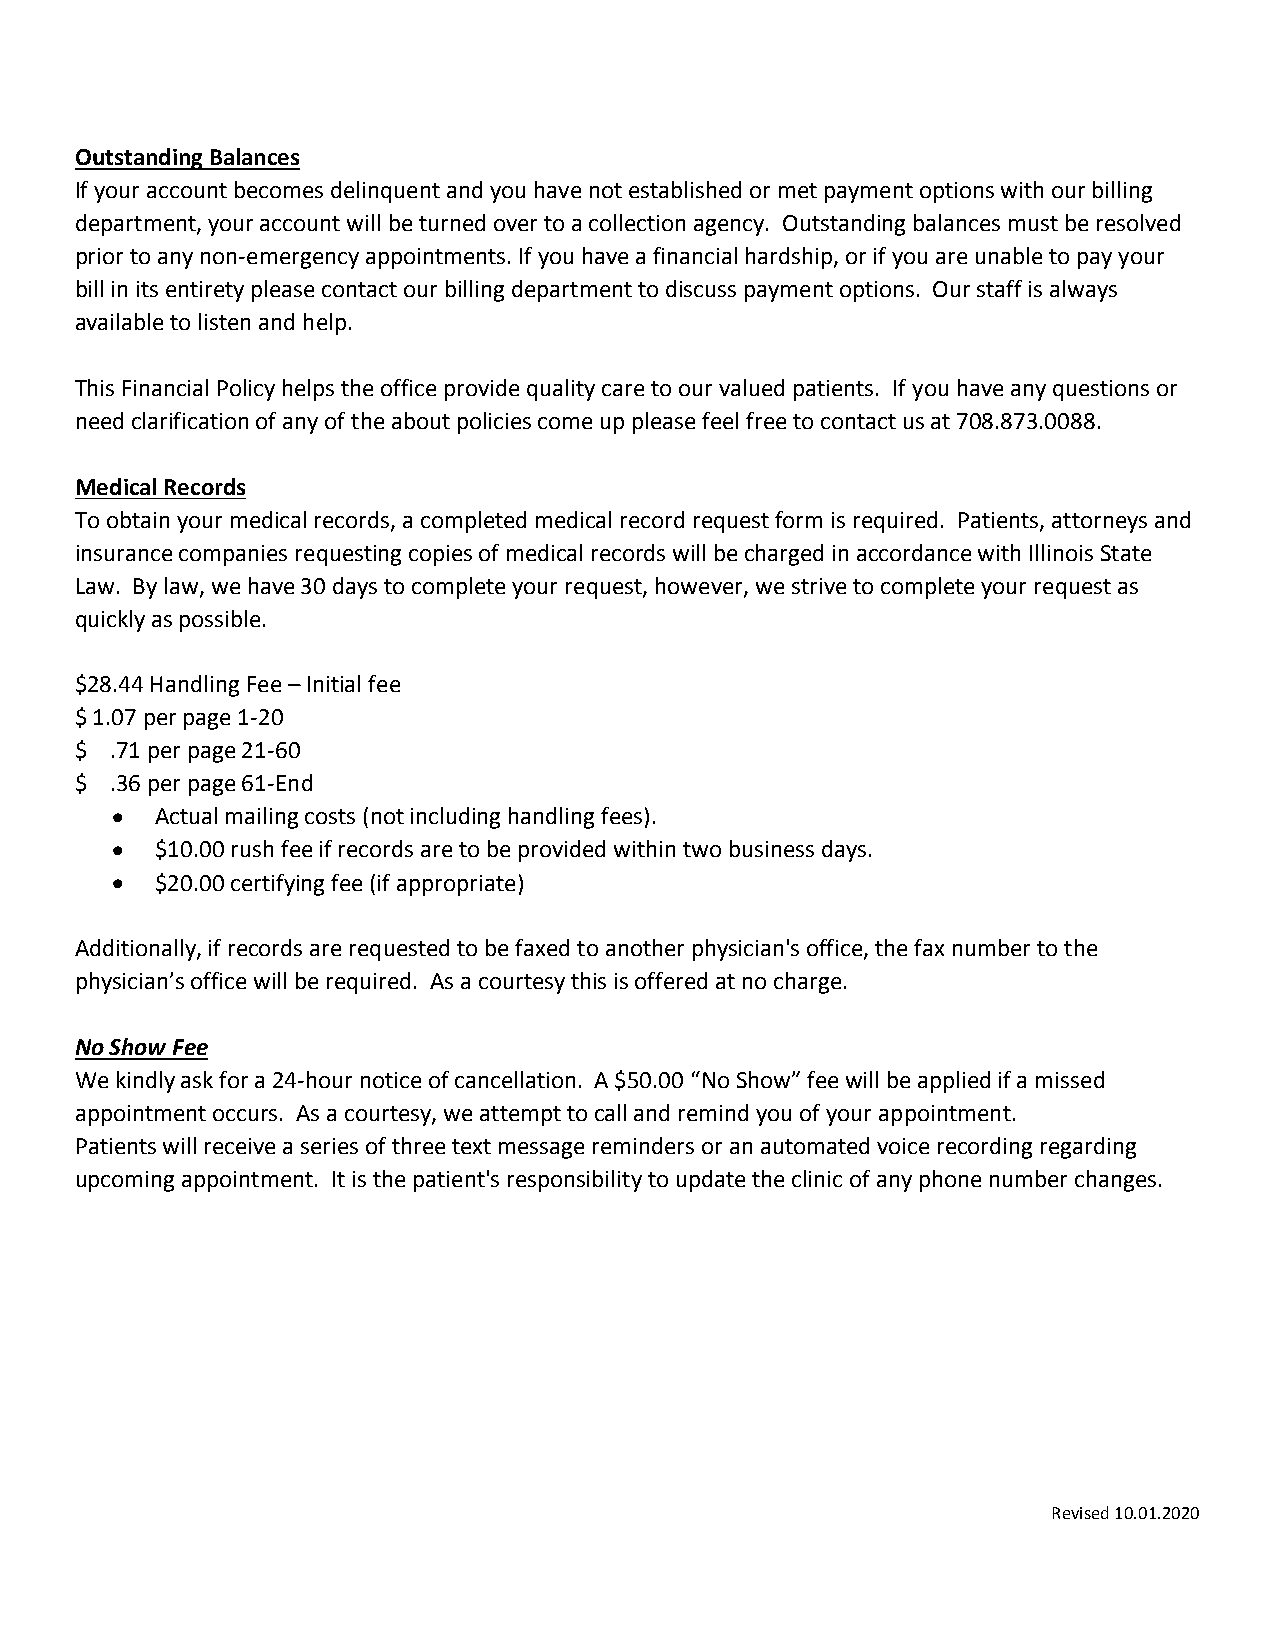
Outstanding Balances
 If your account becomes delinquent and you have not established or met payment options with our billing
 department, your account will be turned over to a collection agency. Outstanding balances must be resolved
 prior to any non-emergency appointments. If you have a financial hardship, or if you are unable to pay your
 bill in its entirety please contact our billing department to discuss payment options. Our staff is always
 available to listen and help.
 This Financial Policy helps the office provide quality care to our valued patients. If you have any questions or
 need clarification of any of the about policies come up please feel free to contact us at 708.873.0088.
 Medical Records
 To obtain your medical records, a completed medical record request form is required. Patients, attorneys and
 insurance companies requesting copies of medical records will be charged in accordance with Illinois State
 Law. By law, we have 30 days to complete your request, however, we strive to complete your request as
 quickly as possible.
 $28.44 Handling Fee – Initial fee
 $ 1.07 per page 1-20
 $ .71 per page 21-60
 $ .36 per page 61-End
   Actual mailing costs (not including handling fees).
   $10.00 rush fee if records are to be provided within two business days.
   $20.00 certifying fee (if appropriate)
 Additionally, if records are requested to be faxed to another physician's office, the fax number to the
 physician’s office will be required. As a courtesy this is offered at no charge.
 No Show Fee
 We kindly ask for a 24-hour notice of cancellation. A $50.00 “No Show” fee will be applied if a missed
 appointment occurs. As a courtesy, we attempt to call and remind you of your appointment.
 Patients will receive a series of three text message reminders or an automated voice recording regarding
 upcoming appointment. It is the patient's responsibility to update the clinic of any phone number changes.
 Revised 10.01.2020